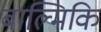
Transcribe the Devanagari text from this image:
बाल्मिकि